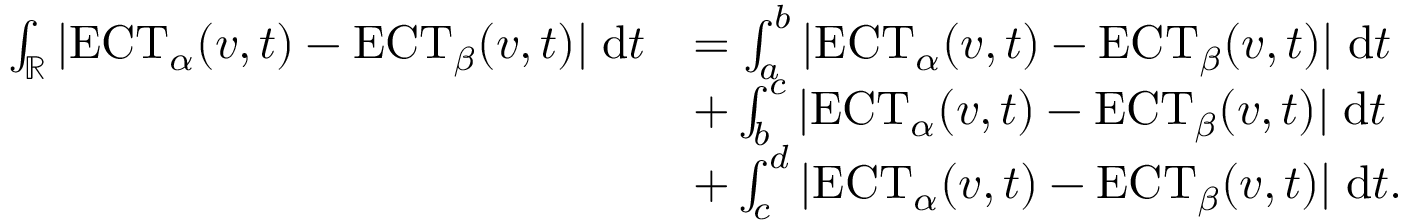
\begin{array} { r l } { \int _ { \mathbb { R } } | \mathrm { E C T } _ { \alpha } ( v , t ) - \mathrm { E C T } _ { \beta } ( v , t ) | \; \mathrm { d } t } & { = \int _ { a } ^ { b } | \mathrm { E C T } _ { \alpha } ( v , t ) - \mathrm { E C T } _ { \beta } ( v , t ) | \; \mathrm { d } t } \\ & { + \int _ { b } ^ { c } | \mathrm { E C T } _ { \alpha } ( v , t ) - \mathrm { E C T } _ { \beta } ( v , t ) | \; \mathrm { d } t } \\ & { + \int _ { c } ^ { d } | \mathrm { E C T } _ { \alpha } ( v , t ) - \mathrm { E C T } _ { \beta } ( v , t ) | \; \mathrm { d } t . } \end{array}